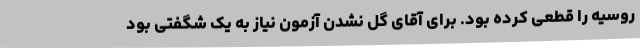
روسیه را قطعی کرده بود. برای آقای گل نشدن آزمون نیاز به یک شگفتی بود